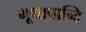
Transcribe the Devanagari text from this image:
भूथापान्दि